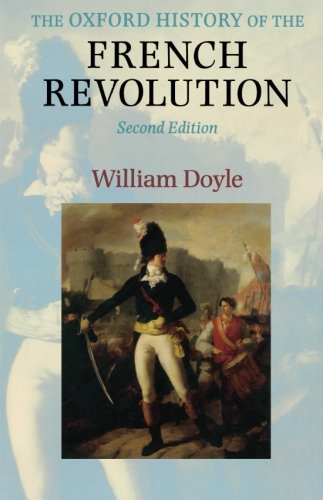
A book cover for The Oxford History of the French Revolution; William Doyle; History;